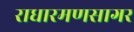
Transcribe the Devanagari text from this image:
राधारमणसागर